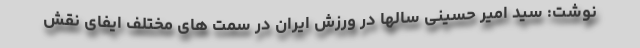
نوشت: سید امیر حسینی سالها در ورزش ایران در سمت های مختلف ایفای نقش